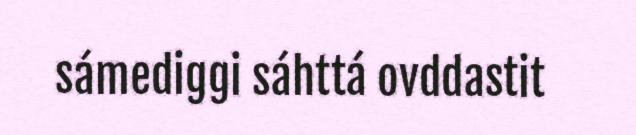
sámediggi sáhttá ovddastit